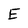
Character: E